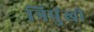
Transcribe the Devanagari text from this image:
त्रिपुंखी